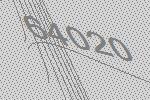
64020